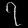
Digit: ၇